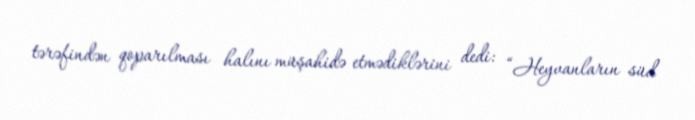
tərəfindən qoparılması halını müşahidə etmədiklərini dedi: “Heyvanların süd